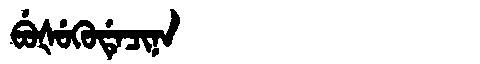
Manchu: ᠪᡠᡧᡠᡴᡠᡩᡝᠴᡳᠨᠠ
Romanization: BUŠUKUDECINA